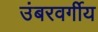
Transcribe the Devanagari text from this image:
उंबरवर्गीय